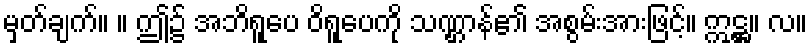
မှတ်ချက်။ ။ ဤ၌ အဘိရူပေ ဝိရူပေကို သဏ္ဌာန်၏ အစွမ်းအားဖြင့်။ ဣဋ္ဌ။ လ။